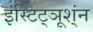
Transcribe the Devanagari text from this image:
इंस्टिट्ञूश्ंन